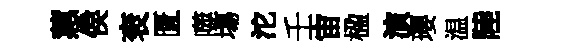
蕙侯衮匱噬塲沱壬宙楹演瓔温陸